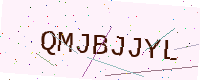
Text: QMJBJJYL